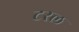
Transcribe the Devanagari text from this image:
टरल